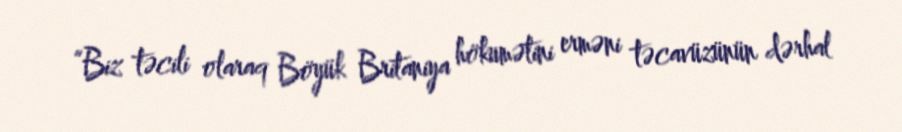
“Biz təcili olaraq Böyük Britaniya hökumətini erməni təcavüzünün dərhal